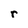
Character: r